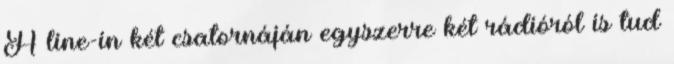
A line-in két csatornáján egyszerre két rádióról is tud